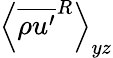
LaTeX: \left\langle\overline{{\rho u^{\prime}}}^{R}\right\rangle_{yz}